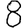
Digit: 8